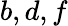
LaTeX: b,d,f